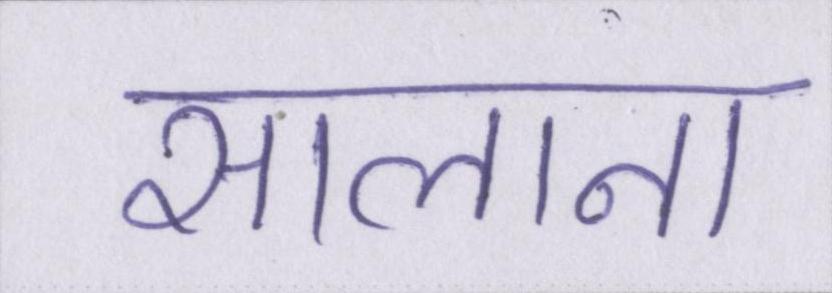
सालाना